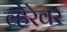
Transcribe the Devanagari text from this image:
व्हेरेवर